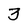
Character: 3